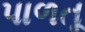
પાળતૂ